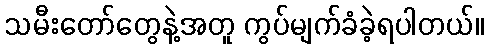
သမီးတော်တွေနဲ့အတူ ကွပ်မျက်ခံခဲ့ရပါတယ်။